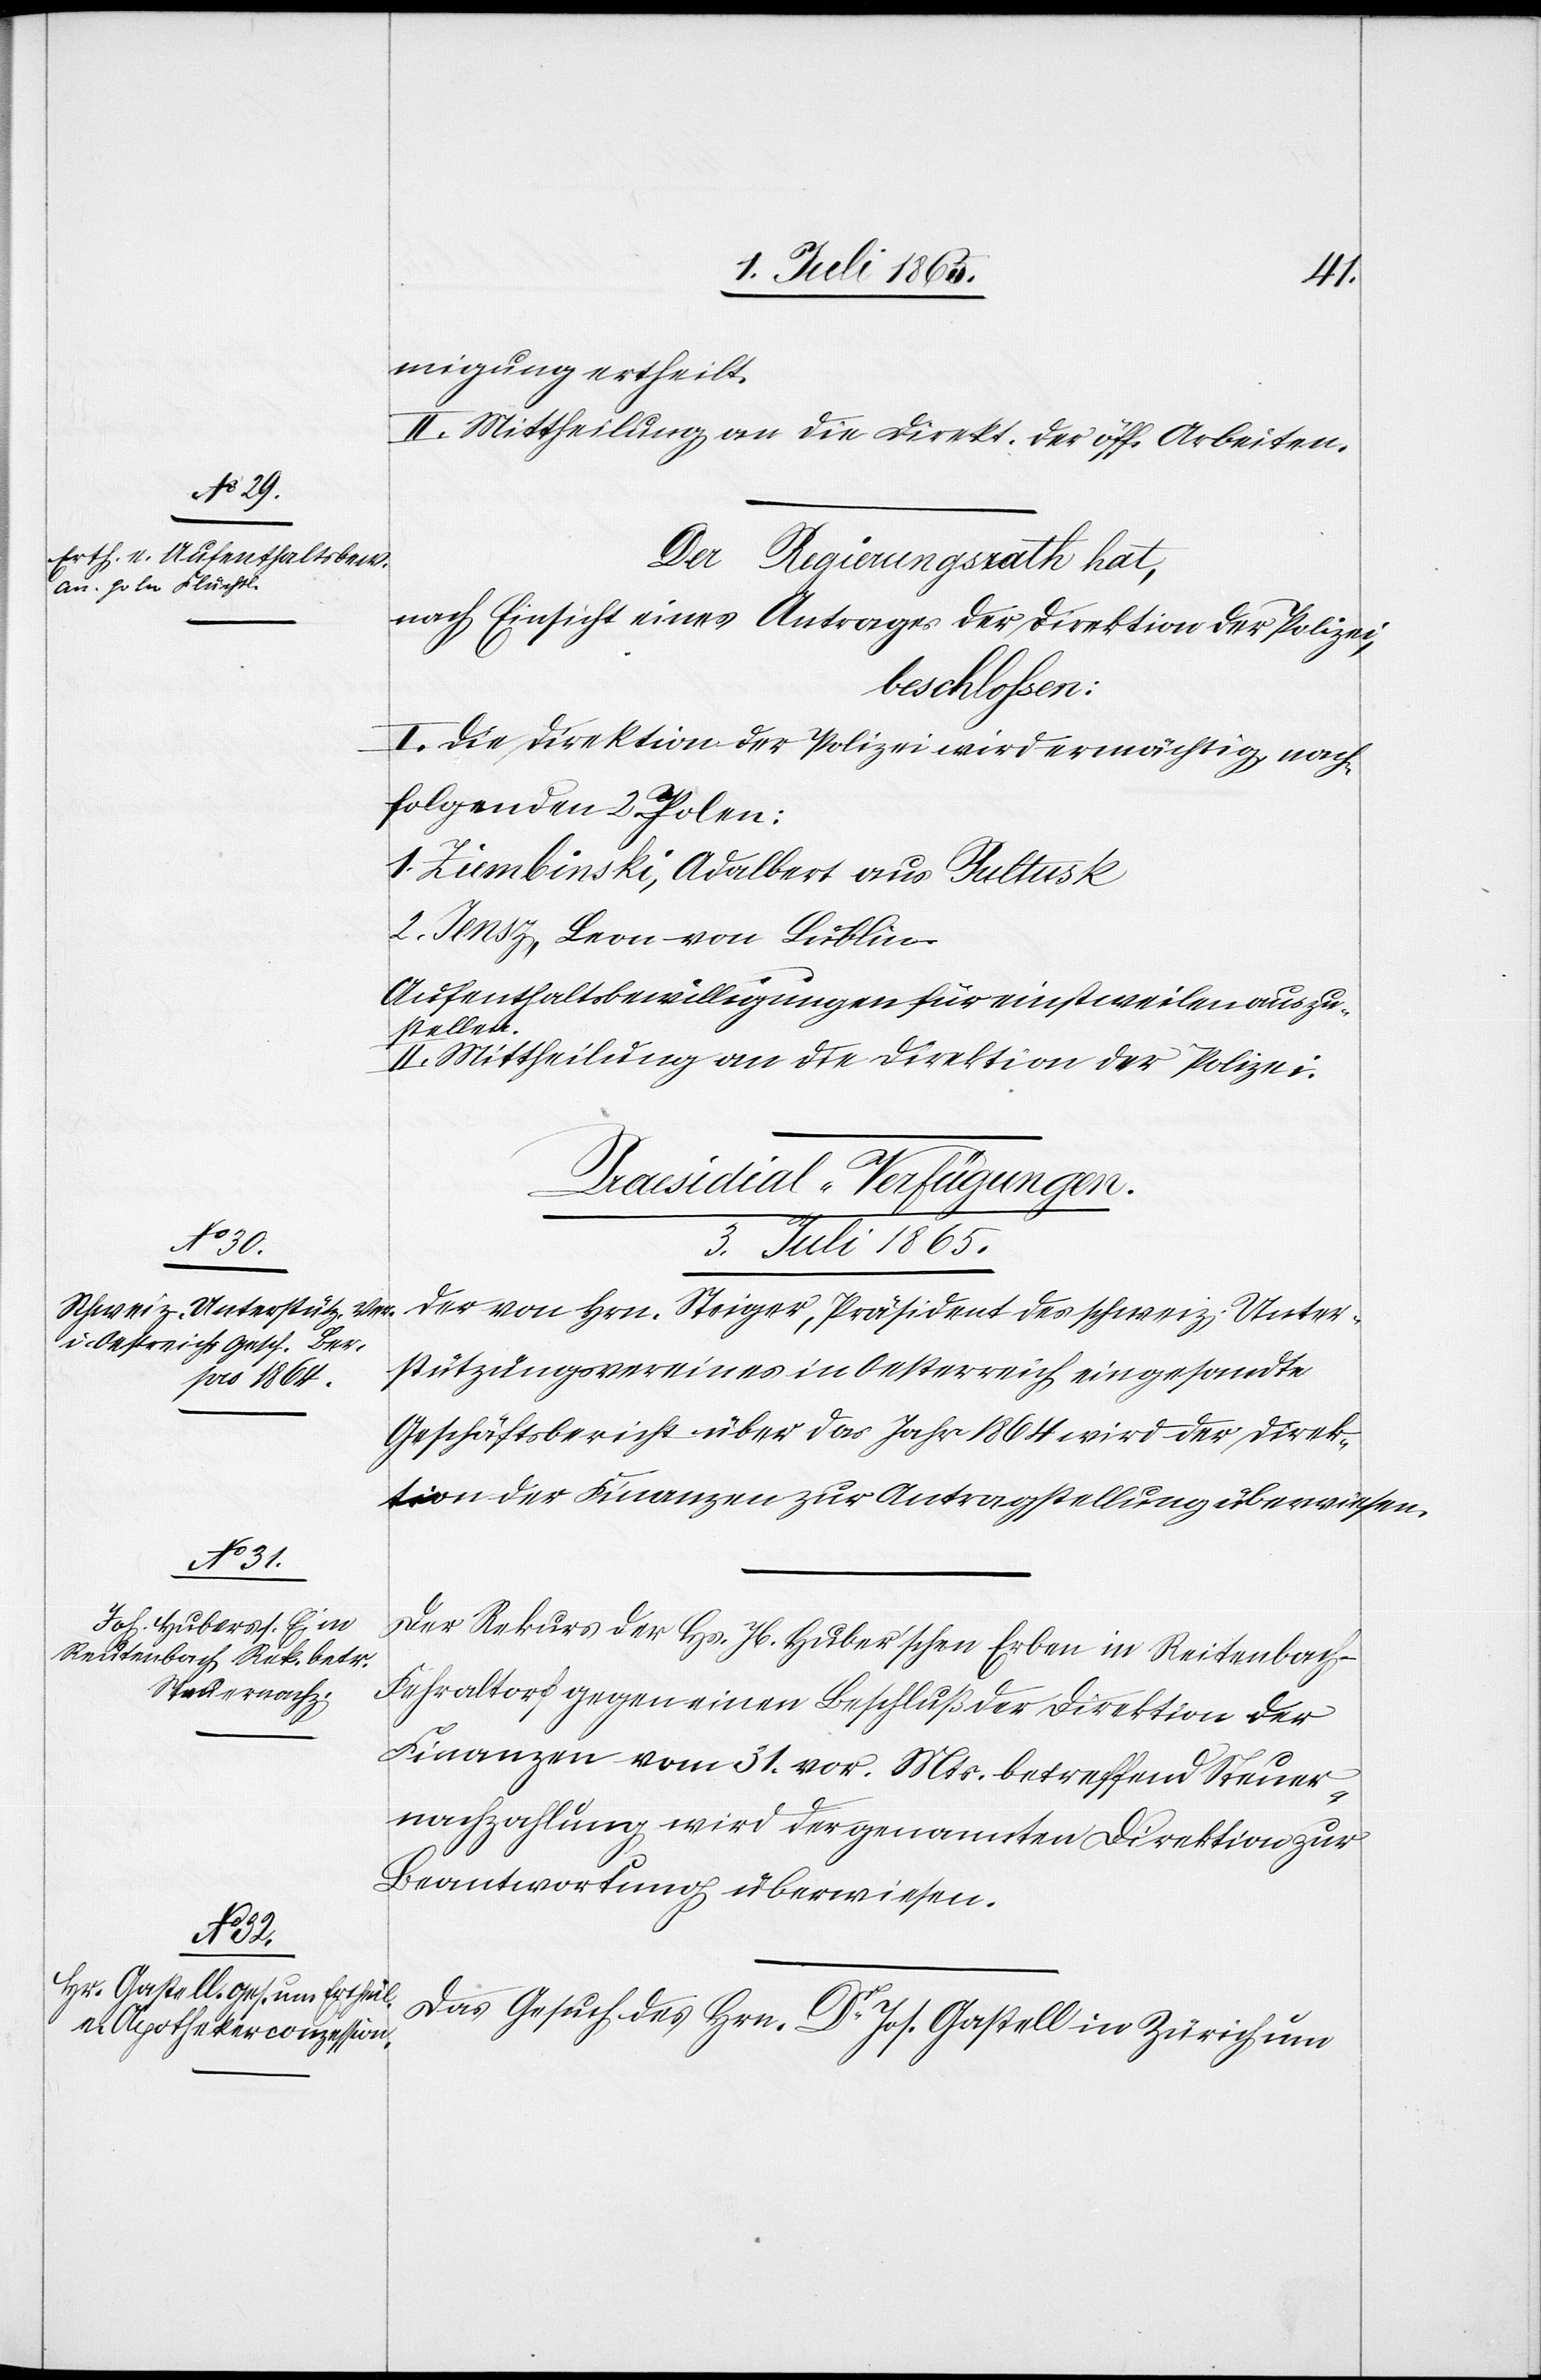
migung ertheilt.
II. Mittheilung an die Direkt. der öff. Arbeiten.
Der Regierungsrath hat,
nach Einsicht eines Antrages der Direktion der Polizei,
beschlossen:
I. Die Direktion der Polizei wird ermächtig[t], nach¬
folgenden 2 Polen:
1. Ziembinski, Adalbert aus Pultusk
2. Jansz, Leon von Lublin.
Aufenthaltsbewilligungen für einstweilen auszu¬
stellen.
II. Mittheilung an die Direktion der Polizei.
[Praesidial-Verfügungen.
3. Juli 1865.]
Der von Hrn. Steiger, Präsident des schweiz. Unter¬
stützungsvereines in Oesterreich eingesandte
Geschäftsbericht über das Jahr 1864 wird der Direk¬
tion der Finanzen zur Antragstellung überwiesen.
Der Rekurs der Hs. Jb. [sic!] Huber’schen Erben in Reitenbach-F¬
ehraltorf gegen einen Beschluß der Direktion der
Finanzen vom 31. vor. Mts. betreffend Steuer¬
nachzahlung wird der genannten Direktion zur
Beantwortung überwiesen.
Das Gesuch des Hrn. Dr Jos. Gastell in Zürich um